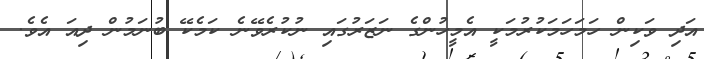
އަދި ވަކިން ހަމަހަމަކުރުމަކީ އެމީހުންގެ ނަޒަރުގައި ނުކުރެވޭނެ ކަމެކޭ ބުނަމުން ދިއަ އެވެ.